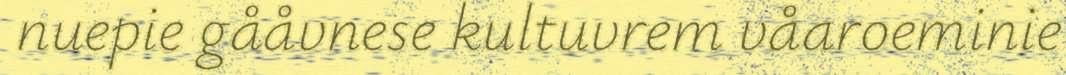
nuepie gååvnese kultuvrem våaroeminie